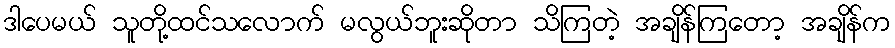
ဒါပေမယ် သူတို့ထင်သလောက် မလွယ်ဘူးဆိုတာ သိကြတဲ့ အချိန်ကြတော့ အချိန်က